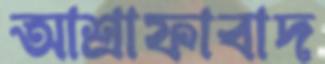
আশ্রাফাবাদ